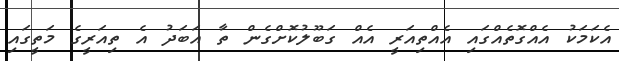
އެކަމަކު އެއްގޮތެއްގައި އެއްތިއަރީ އެއް ގަބޫލުކޮށްގެން ތާ އަބަދު އެ ތިއަރީގެ މަތީގައި